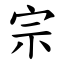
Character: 宗